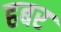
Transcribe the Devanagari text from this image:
हबर